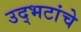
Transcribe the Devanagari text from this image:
उद्भटांचे